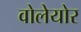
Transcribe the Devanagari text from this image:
वोलेयोर